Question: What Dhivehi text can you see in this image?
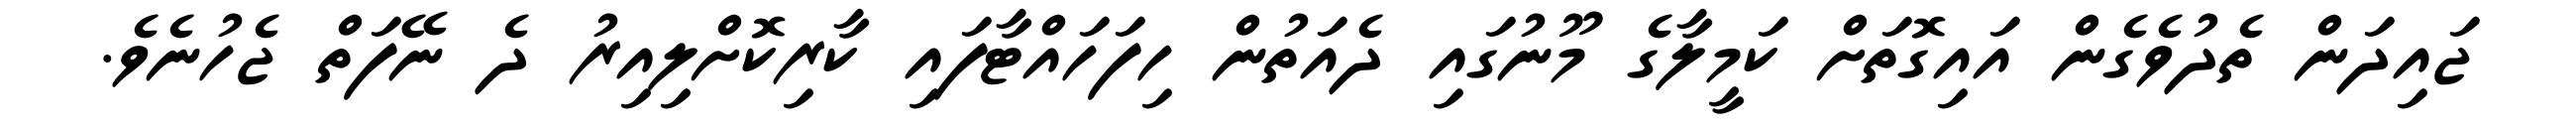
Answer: ޖައިދަން ތެދުވެގެން އައިގޮތަށް ކަމީލާގެ މޫނުގައި ދެއަތުން ހިފަހައްޓާފައި ކާރިކޮށްލިއިރު ދެ ނޭފަތް ޖެހުނެވެ.